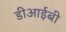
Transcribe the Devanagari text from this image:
डीआईबी